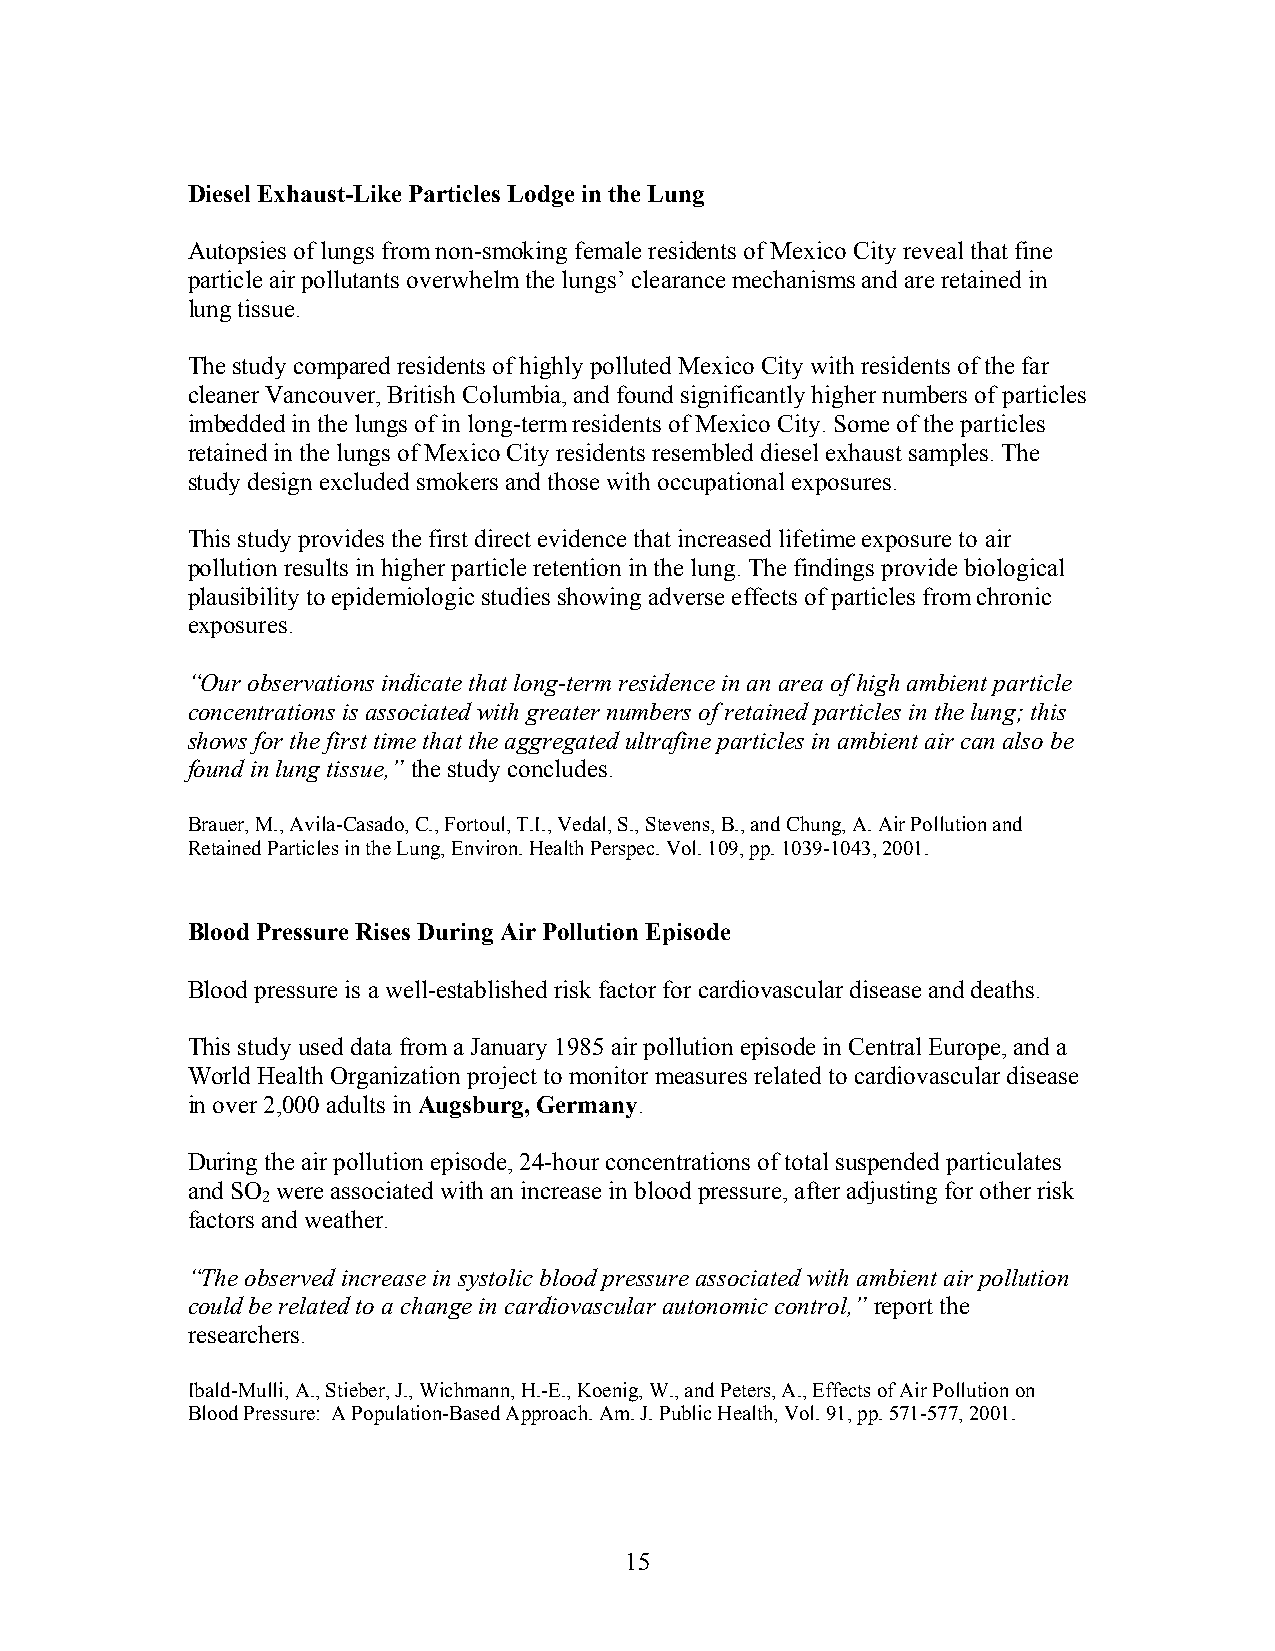
Diesel Exhaust-Like Particles Lodge in the Lung
 Autopsies of lungs from non-smoking female residents of Mexico City reveal that fine
 particle air pollutants overwhelm the lungs’ clearance mechanisms and are retained in
 lung tissue.
 The study compared residents of highly polluted Mexico City with residents of the far
 cleaner Vancouver, British Columbia, and found significantly higher numbers of particles
 imbedded in the lungs of in long-term residents of Mexico City. Some of the particles
 retained in the lungs of Mexico City residents resembled diesel exhaust samples. The
 study design excluded smokers and those with occupational exposures.
 This study provides the first direct evidence that increased lifetime exposure to air
 pollution results in higher particle retention in the lung. The findings provide biological
 plausibility to epidemiologic studies showing adverse effects of particles from chronic
 exposures.
 “Our observations indicate that long-term residence in an area of high ambient particle
 concentrations is associated with greater numbers of retained particles in the lung; this
 shows for the first time that the aggregated ultrafine particles in ambient air can also be
 found in lung tissue,” the study concludes.
 Brauer, M., Avila-Casado, C., Fortoul, T.I., Vedal, S., Stevens, B., and Chung, A. Air Pollution and
 Retained Particles in the Lung, Environ. Health Perspec. Vol. 109, pp. 1039-1043, 2001.
 Blood Pressure Rises During Air Pollution Episode
 Blood pressure is a well-established risk factor for cardiovascular disease and deaths.
 This study used data from a January 1985 air pollution episode in Central Europe, and a
 World Health Organization project to monitor measures related to cardiovascular disease
 in over 2,000 adults in Augsburg, Germany.
 During the air pollution episode, 24-hour concentrations of total suspended particulates
 and SO were associated with an increase in blood pressure, after adjusting for other risk
 2
 factors and weather.
 “The observed increase in systolic blood pressure associated with ambient air pollution
 could be related to a change in cardiovascular autonomic control,” report the
 researchers.
 Ibald-Mulli, A., Stieber, J., Wichmann, H.-E., Koenig, W., and Peters, A., Effects of Air Pollution on
 Blood Pressure: A Population-Based Approach. Am. J. Public Health, Vol. 91, pp. 571-577, 2001.
 15